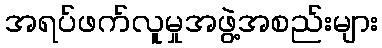
အရပ်ဖက်လူမှုအဖွဲ့အစည်းများ